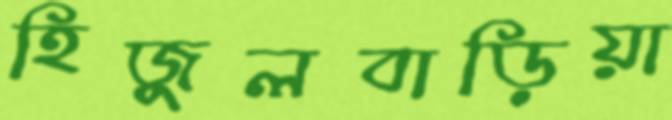
হিজুলবাড়িয়া